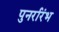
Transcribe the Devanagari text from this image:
पुनर्रारंभ